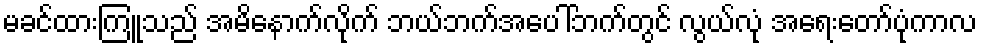
မခင်ထားကြူသည် အမိနောက်လိုက် ဘယ်ဘက်အပေါ်ဘက်တွင် လွယ်လုံ အရေးတော်ပုံကာလ